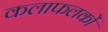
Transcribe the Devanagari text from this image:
कलाफलकों